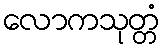
လောကသုတ္တံ